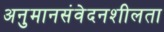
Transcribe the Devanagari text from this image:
अनुमानसंवेदनशीलता